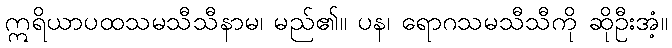
ဣရိယာပထသမသီသီနာမ၊ မည်၏။ ပန၊ ရောဂသမသီသီကို ဆိုဦးအံ့။